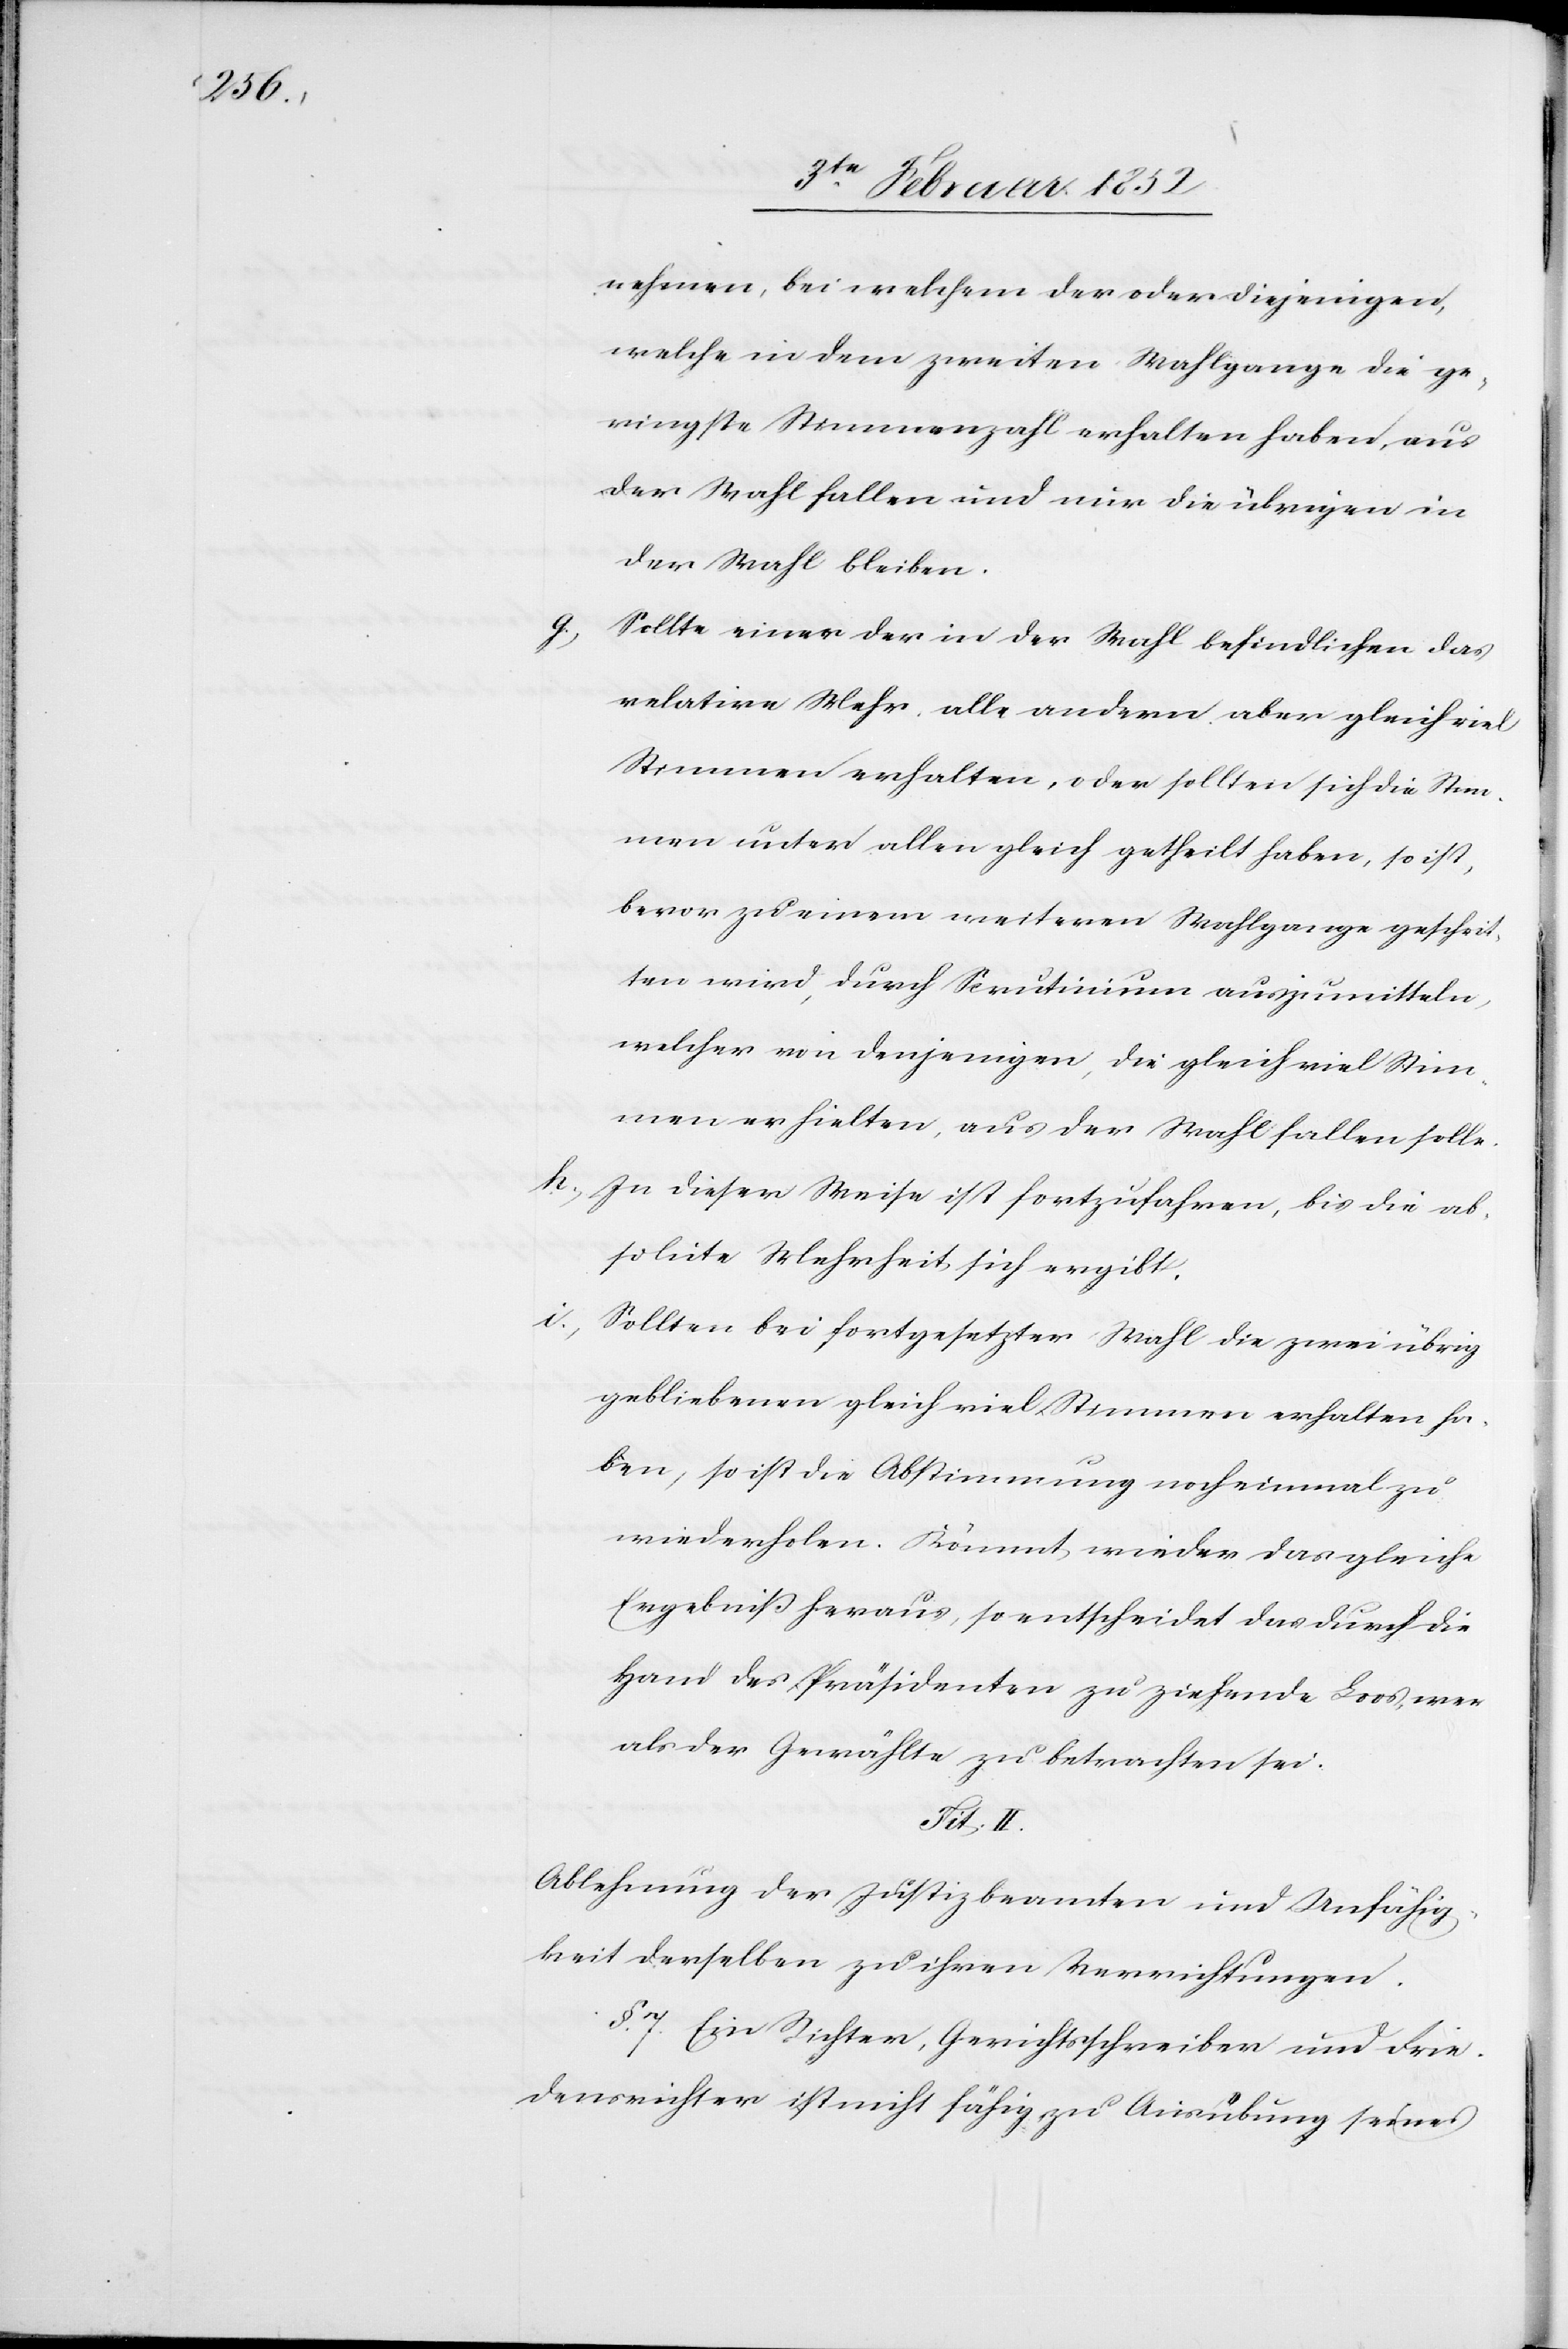
nehmen, bei welchem der oder diejenigen,
welche in dem zweiten Wahlgange die ge¬
ringste Stimmenzahl erhalten haben, aus
der Wahl fallen und nur die übrigen in
der Wahl bleiben.
Sollte einer der in der Wahl befindlichen das
relative Mehr alle andern aber gleichviel
Stimmen erhalten, oder sollten sich die Stim¬
men untern allen gleich getheilt haben, so ist,
bevor zu einem weiteren Wahlgange geschrit¬
ten wird, durch Scrutinium auszumitteln,
welcher von denjenigen, die gleich viel Stim¬
men erhielten, aus der Wahl fallen solle.
h.) In dieser Weise ist fortzufahren, bis die ab¬
solute Mehrheit sich ergibt.
i.) Sollten bei fortgesetzter Wahl die zwei übrig
gebliebenen gleich viel Stimmen erhalten ha¬
ben, so ist die Abstimmung noch einmal zu
wiederholen. Kömmt wieder das gleiche
Ergebniß heraus, so entscheidet das durch die
Hand des Präsidenten zu ziehende Loos, wer
als der Gewählte zu betrachten sei.
Tit. II.
Ablehnung der Justizbeamten und Unfähig¬
keit derselben zu ihren Verrichtungen.
§. 7. Ein Richter, Gerichtsschreiber und Frie¬
densrichter ist nicht fähig zu Ausübung seines